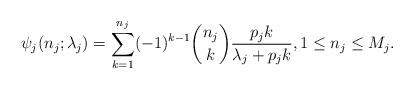
LaTeX: \begin{align*}\psi_j(n_j; \lambda_j)= \sum_{k = 1}^{n_j} (-1)^{k-1} \binom{n_j}{k} \frac{p_j k}{\lambda_j + p_j k},1 \leq n_j \leq M_j.\end{align*}